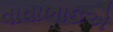
વાવાભાઇએ